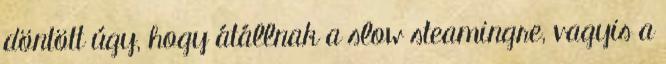
döntött úgy, hogy átállnak a slow steamingre, vagyis a